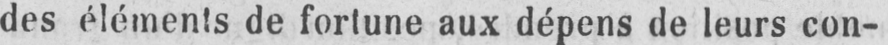
des éléments de fortune aux dépens de leurs con-